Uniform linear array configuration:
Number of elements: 64
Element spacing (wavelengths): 1
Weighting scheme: uniform
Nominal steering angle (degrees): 0
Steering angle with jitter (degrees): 0.3523
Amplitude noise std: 0.05
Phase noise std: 0.05

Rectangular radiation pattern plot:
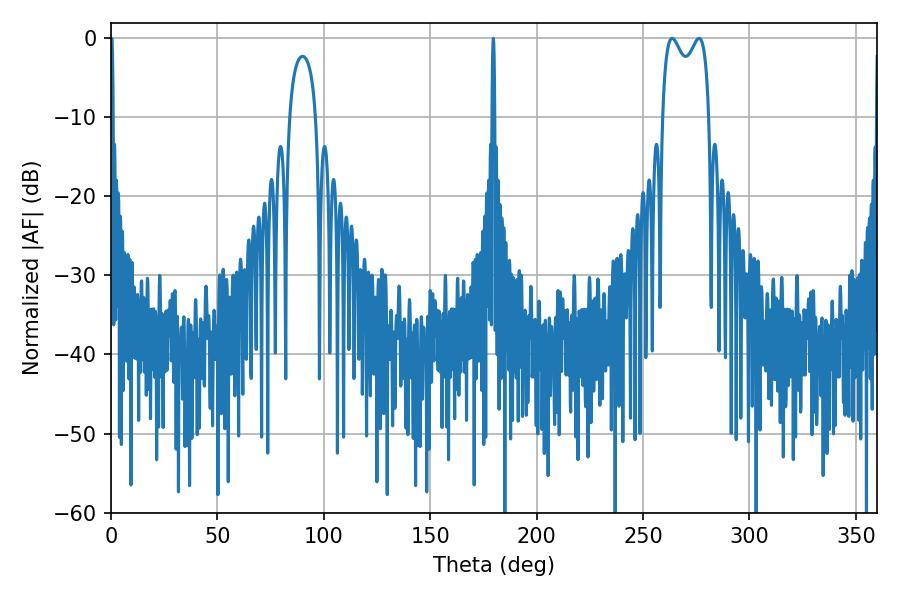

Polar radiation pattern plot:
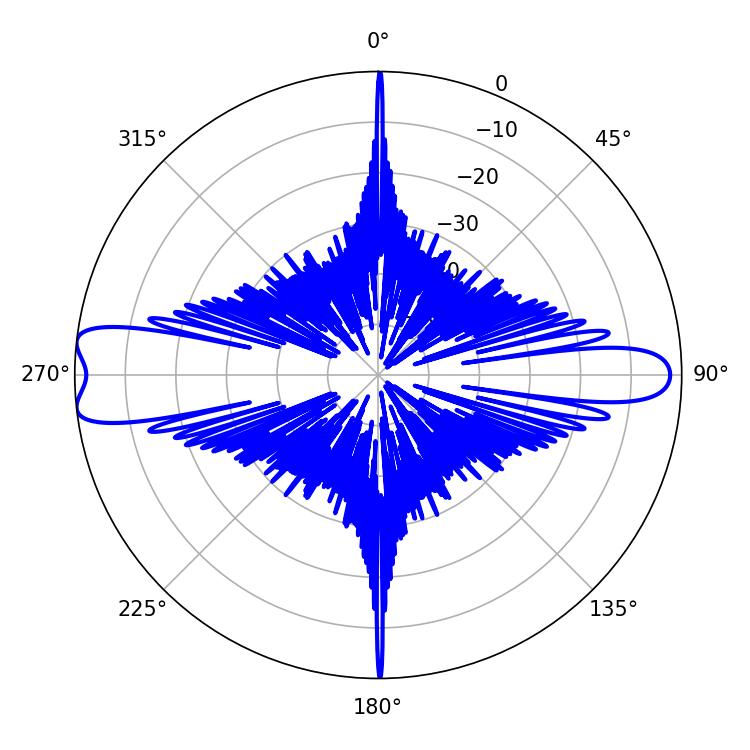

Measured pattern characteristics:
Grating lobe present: TRUE
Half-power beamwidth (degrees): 18.36
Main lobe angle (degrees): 263.7